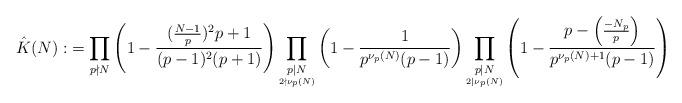
LaTeX: \begin{align*}\hat{K}(N):&=\prod_{p\nmid N}\left( 1-\frac{(\frac{N-1}{p})^2p+1}{(p-1)^2(p+1)}\right)\prod_{\underset{2\nmid \nu_p(N)}{p\mid N}}\left(1-\frac{1}{p^{\nu_p(N)}(p-1)}\right) \prod_{\underset{2\mid \nu_p(N)}{p\mid N}}\left(1-\frac{p-\left(\frac{-N_p}{p}\right)}{p^{\nu_p(N)+1}(p-1)}\right)\end{align*}